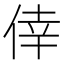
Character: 倖